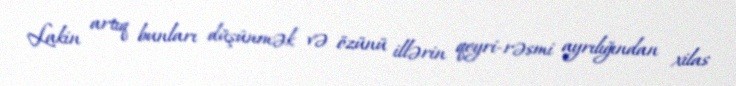
Lakin artıq bunları düşünmək və özünü illərin qeyri-rəsmi ayrılığından xilas